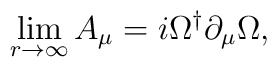
\lim_{r\rightarrow\infty} A_\mu=i \Omega^\dagger \partial_\mu \Omega,